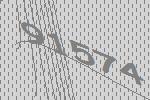
91574